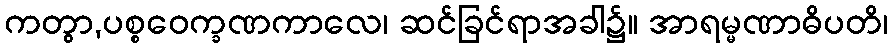
ကတွာ,ပစ္စဝေက္ခဏကာလေ၊ ဆင်ခြင်ရာအခါ၌။ အာရမ္မဏာဓိပတိ၊